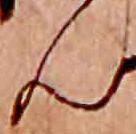
ん